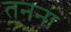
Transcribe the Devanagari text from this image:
तनना